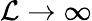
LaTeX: \mathcal{L}\rightarrow\infty